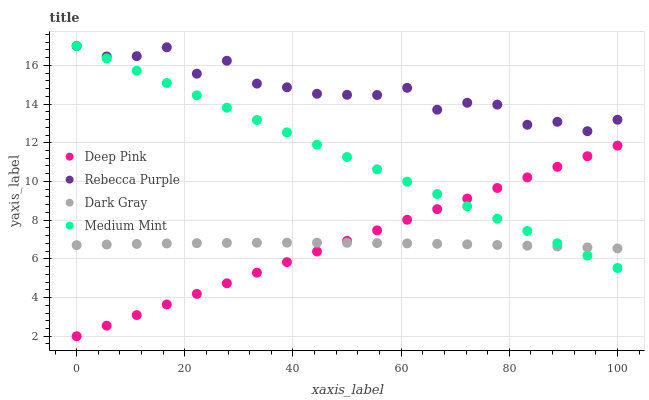
| xaxis_label | Deep Pink | Rebecca Purple | Dark Gray | Medium Mint |
 | --- | --- | --- | --- | --- |
 | 0 | 2 | 17 | 6.71 | 17 |
 | 5.56 | 2.55 | 16.5 | 6.74 | 16.4 |
 | 11.1 | 3.09 | 16.5 | 6.77 | 15.7 |
 | 16.7 | 3.64 | 16.9 | 6.79 | 15.1 |
 | 22.2 | 4.19 | 15.6 | 6.81 | 14.5 |
 | 27.8 | 4.74 | 16.2 | 6.83 | 13.8 |
 | 33.3 | 5.28 | 15.1 | 6.83 | 13.2 |
 | 38.9 | 5.83 | 14.9 | 6.84 | 12.5 |
 | 44.4 | 6.38 | 14.5 | 6.84 | 11.9 |
 | 50 | 6.93 | 14.5 | 6.83 | 11.3 |
 | 55.6 | 7.47 | 14.5 | 6.82 | 10.6 |
 | 61.1 | 8.02 | 14.8 | 6.8 | 9.99 |
 | 66.7 | 8.57 | 13.7 | 6.78 | 9.35 |
 | 72.2 | 9.11 | 14.1 | 6.75 | 8.72 |
 | 77.8 | 9.66 | 14 | 6.72 | 8.08 |
 | 83.3 | 10.2 | 12.9 | 6.68 | 7.44 |
 | 88.9 | 10.8 | 13.1 | 6.64 | 6.8 |
 | 94.4 | 11.3 | 12.6 | 6.59 | 6.17 |
 | 100 | 11.9 | 13.2 | 6.54 | 5.53 |